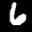
Label: 6